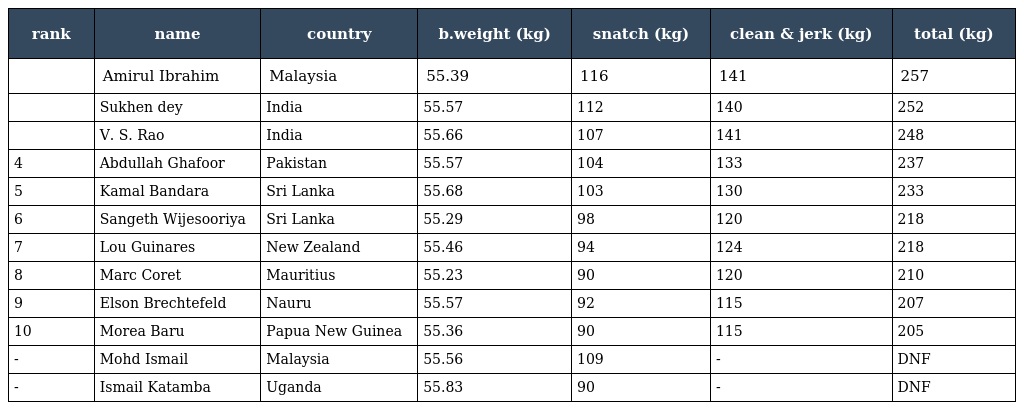
| rank | name | country | b.weight (kg) | snatch (kg) | clean & jerk (kg) | total (kg) |
 | --- | --- | --- | --- | --- | --- | --- |
 |  | Amirul Ibrahim | Malaysia | 55.39 | 116 | 141 | 257 |
 |  | Sukhen dey | India | 55.57 | 112 | 140 | 252 |
 |  | V. S. Rao | India | 55.66 | 107 | 141 | 248 |
 | 4 | Abdullah Ghafoor | Pakistan | 55.57 | 104 | 133 | 237 |
 | 5 | Kamal Bandara | Sri Lanka | 55.68 | 103 | 130 | 233 |
 | 6 | Sangeth Wijesooriya | Sri Lanka | 55.29 | 98 | 120 | 218 |
 | 7 | Lou Guinares | New Zealand | 55.46 | 94 | 124 | 218 |
 | 8 | Marc Coret | Mauritius | 55.23 | 90 | 120 | 210 |
 | 9 | Elson Brechtefeld | Nauru | 55.57 | 92 | 115 | 207 |
 | 10 | Morea Baru | Papua New Guinea | 55.36 | 90 | 115 | 205 |
 | - | Mohd Ismail | Malaysia | 55.56 | 109 | - | DNF |
 | - | Ismail Katamba | Uganda | 55.83 | 90 | - | DNF |